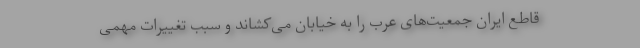
قاطع ایران جمعیت‌های عرب را به خیابان می‌کشاند و سبب تغییرات مهمی